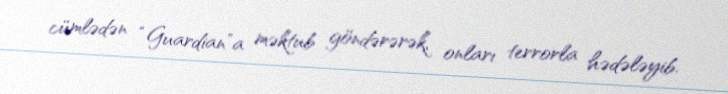
cümlədən “Guardian”a məktub göndərərək, onları terrorla hədələyib.